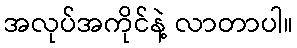
အလုပ်အကိုင်နဲ့ လာတာပါ။